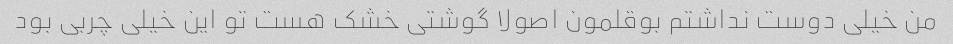
من خیلی دوست نداشتم بوقلمون اصولا گوشتی خشک هست تو این خیلی چربی بود